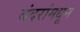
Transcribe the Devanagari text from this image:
बंदरांमधून